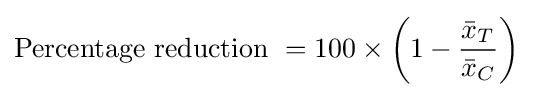
{\text{Percentage reduction }}=100\times \left(1-{\frac {{\bar {x}}_{T}}{{\bar {x}}_{C}}}\right)